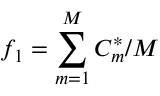
f _ { 1 } = \sum _ { m = 1 } ^ { M } C _ { m } ^ { * } / M